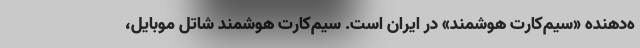
ه‌دهنده «سیم‌کارت هوشمند» در ایران است. سیم‌کارت هوشمند شاتل موبایل،